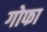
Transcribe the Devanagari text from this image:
गोफा